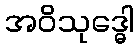
အဝိသုဒ္ဓေါ